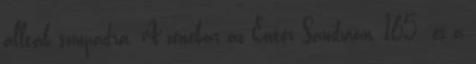
álltak színpadra. A zenekar az Enter Sandman, 165 és a